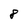
Character: 8